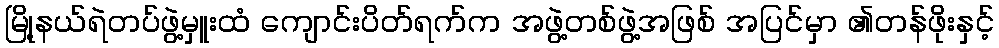
မြို့နယ်ရဲတပ်ဖွဲ့မှူးထံ ကျောင်းပိတ်ရက်က အဖွဲ့တစ်ဖွဲ့အဖြစ် အပြင်မှာ ၏တန်ဖိုးနှင့်